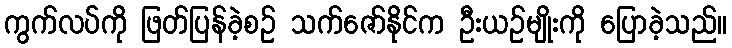
ကွက်လပ်ကို ဖြတ်ပြန်ခဲ့စဉ် သက်ဇော်နိုင်က ဦးယဉ်မျိုးကို ပြောခဲ့သည်။